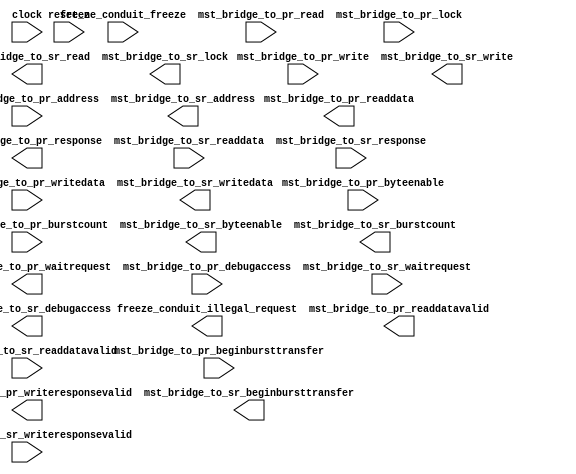
// This program was cloned from: https://github.com/stanford-ppl/spatial-lang
// License: MIT License

module ghrd_10as066n2_avlmm_pr_freeze_bridge_1 (
		input  wire        clock,                               //            clock.clk
		input  wire        freeze_conduit_freeze,               //   freeze_conduit.freeze
		output wire        freeze_conduit_illegal_request,      //                 .illegal_request
		input  wire        mst_bridge_to_pr_read,               // mst_bridge_to_pr.read
		output wire        mst_bridge_to_pr_waitrequest,        //                 .waitrequest
		input  wire        mst_bridge_to_pr_write,              //                 .write
		input  wire [31:0] mst_bridge_to_pr_address,            //                 .address
		input  wire [3:0]  mst_bridge_to_pr_byteenable,         //                 .byteenable
		input  wire [31:0] mst_bridge_to_pr_writedata,          //                 .writedata
		output wire [31:0] mst_bridge_to_pr_readdata,           //                 .readdata
		input  wire [2:0]  mst_bridge_to_pr_burstcount,         //                 .burstcount
		output wire        mst_bridge_to_pr_readdatavalid,      //                 .readdatavalid
		input  wire        mst_bridge_to_pr_beginbursttransfer, //                 .beginbursttransfer
		input  wire        mst_bridge_to_pr_debugaccess,        //                 .debugaccess
		output wire [1:0]  mst_bridge_to_pr_response,           //                 .response
		input  wire        mst_bridge_to_pr_lock,               //                 .lock
		output wire        mst_bridge_to_pr_writeresponsevalid, //                 .writeresponsevalid
		output wire        mst_bridge_to_sr_read,               // mst_bridge_to_sr.read
		input  wire        mst_bridge_to_sr_waitrequest,        //                 .waitrequest
		output wire        mst_bridge_to_sr_write,              //                 .write
		output wire [31:0] mst_bridge_to_sr_address,            //                 .address
		output wire [3:0]  mst_bridge_to_sr_byteenable,         //                 .byteenable
		output wire [31:0] mst_bridge_to_sr_writedata,          //                 .writedata
		input  wire [31:0] mst_bridge_to_sr_readdata,           //                 .readdata
		output wire [2:0]  mst_bridge_to_sr_burstcount,         //                 .burstcount
		input  wire        mst_bridge_to_sr_readdatavalid,      //                 .readdatavalid
		output wire        mst_bridge_to_sr_beginbursttransfer, //                 .beginbursttransfer
		output wire        mst_bridge_to_sr_debugaccess,        //                 .debugaccess
		input  wire [1:0]  mst_bridge_to_sr_response,           //                 .response
		output wire        mst_bridge_to_sr_lock,               //                 .lock
		input  wire        mst_bridge_to_sr_writeresponsevalid, //                 .writeresponsevalid
		input  wire        reset_n                              //          reset_n.reset_n
	);
endmodule